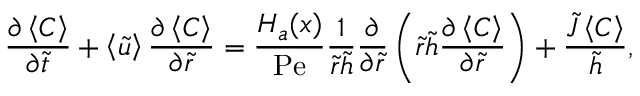
\frac { \partial \left\langle C \right\rangle } { \partial \tilde { t } } + \left\langle \tilde { u } \right\rangle \frac { \partial \left\langle C \right\rangle } { \partial \tilde { r } } = \frac { H _ { a } ( x ) } { \mathrm { P e } } \frac { 1 } { \tilde { r } \tilde { h } } \frac { \partial } { \partial \tilde { r } } \left( \tilde { r } \tilde { h } \frac { \partial \left\langle C \right\rangle } { \partial \tilde { r } } \right) + \frac { \tilde { J } \left\langle C \right\rangle } { \tilde { h } } ,